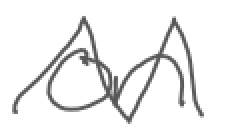
Text: on
Cross-out: zig-zag
Writing tool: digital_gray